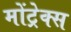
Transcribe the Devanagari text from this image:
मोंट्रेक्स